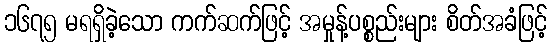
၁၆၇၅ မရရှိခဲ့သော ကက်ဆက်ဖြင့် အမှုန့်ပစ္စည်းများ စိတ်အခံဖြင့်